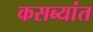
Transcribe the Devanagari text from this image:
कसब्यांत